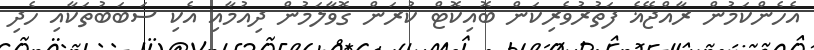
އެހެންކަމުން ރާއްޖޭޣެ ފަތުރުވެރިކަން ބޮއިކޮޓް ކުރަން ގޮވާލަމުން ދިއުމާއި އެކި ސަބަބުތަކާއި ހެދި